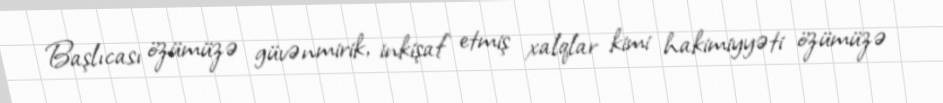
Başlıcası özümüzə güvənmirik, inkişaf etmiş xalqlar kimi hakimiyyəti özümüzə